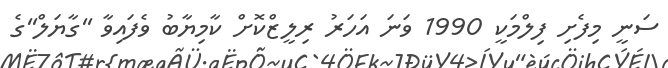
ސަނީ މިފެށި ފިލްމަކީ 1990 ވަނަ އަހަރު ރިލީޒްކޮށް ކާމިޔާބު ވެފައިވާ ''ގާޔަލް''ގެ